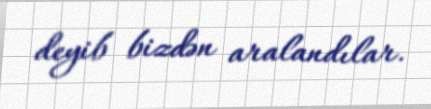
deyib bizdən aralandılar.